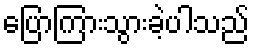
ပြောကြားသွားခဲ့ပါသည်